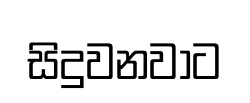
සිදුවනවාට